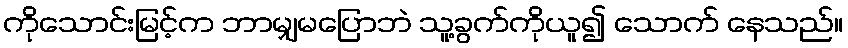
ကိုသောင်းမြင့်က ဘာမျှမပြောဘဲ သူ့ခွက်ကိုယူ၍ သောက် နေသည်။